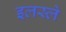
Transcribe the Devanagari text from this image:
इलस्ले